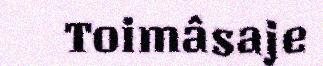
Toimâsaje